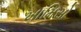
ખામિસો